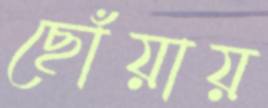
ছোঁয়ায়